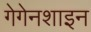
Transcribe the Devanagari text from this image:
गेगेनशाइन